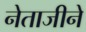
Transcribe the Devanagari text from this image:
नेताजीने